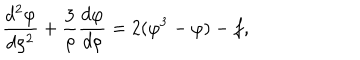
LaTeX: { \frac { d ^ { 2 } \varphi } { d \rho ^ { 2 } } } + { \frac { 3 } { \rho } } { \frac { d \varphi } { d \rho } } = 2 ( \varphi ^ { 3 } - \varphi ) - f ,